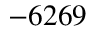
- 6 2 6 9